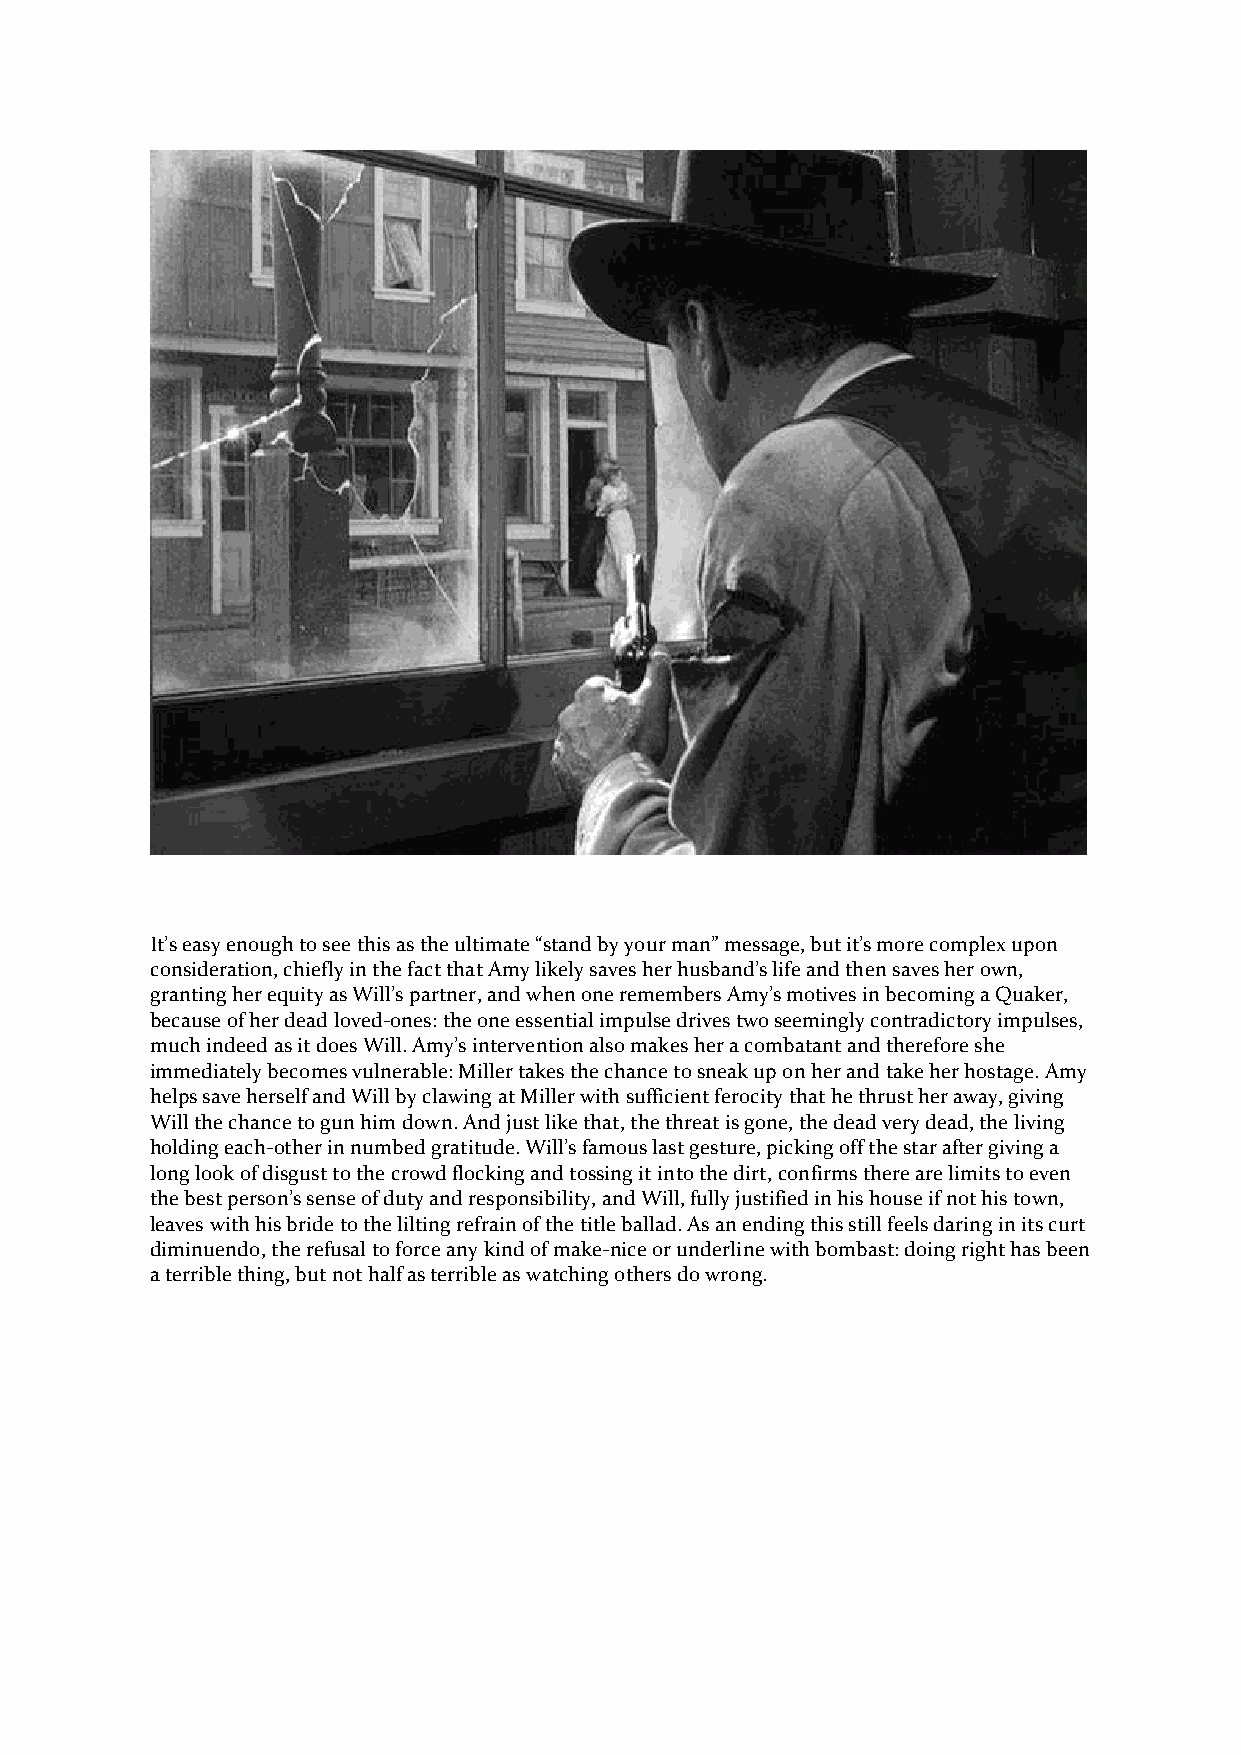
It’s easy enough to see this as the ultimate “stand by your man” message, but it’s more complex upon
 consideration, chiefly in the fact that Amy likely saves her husband’s life and then saves her own,
 granting her equity as Will’s partner, and when one remembers Amy’s motives in becoming a Quaker,
 because of her dead loved-ones: the one essential impulse drives two seemingly contradictory impulses,
 much indeed as it does Will. Amy’s intervention also makes her a combatant and therefore she
 immediately becomes vulnerable: Miller takes the chance to sneak up on her and take her hostage. Amy
 helps save herself and Will by clawing at Miller with sufficient ferocity that he thrust her away, giving
 Will the chance to gun him down. And just like that, the threat is gone, the dead very dead, the living
 holding each-other in numbed gratitude. Will’s famous last gesture, picking off the star after giving a
 long look of disgust to the crowd flocking and tossing it into the dirt, confirms there are limits to even
 the best person’s sense of duty and responsibility, and Will, fully justified in his house if not his town,
 leaves with his bride to the lilting refrain of the title ballad. As an ending this still feels daring in its curt
 diminuendo, the refusal to force any kind of make-nice or underline with bombast: doing right has been
 a terrible thing, but not half as terrible as watching others do wrong.